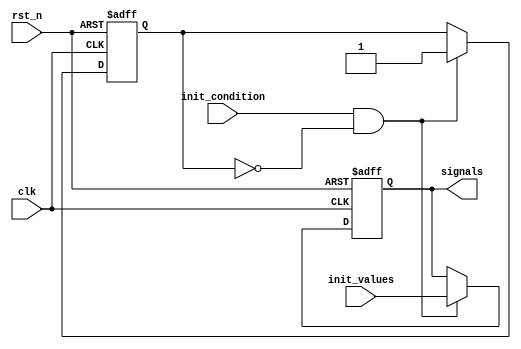
module conditional_initialization #(
    parameter NUM_SIGNALS = 4  // Number of signals to initialize
)(
    input wire clk,              // Clock signal
    input wire rst_n,            // Active low reset
    input wire init_condition,    // Condition to trigger initialization
    input wire [NUM_SIGNALS-1:0] init_values, // Values to initialize signals
    output reg [NUM_SIGNALS-1:0] signals // Signals to be initialized
);

    // State variable to track if initialization has occurred
    reg initialized;

    // Always block for conditional initialization
    always @(posedge clk or negedge rst_n) begin
        if (!rst_n) begin
            // On reset, clear the signals and initialization state
            signals <= {NUM_SIGNALS{1'b0}}; // Clear all signals
            initialized <= 1'b0;            // Reset initialization flag
        end else if (init_condition && !initialized) begin
            // Initialize signals only if the condition is met and not already initialized
            signals <= init_values;        // Assign initialization values
            initialized <= 1'b1;           // Set initialization flag
        end
    end

    // Optional: Logic to reset initialization state based on some condition
    // Uncomment and modify if needed
    /*
    always @(posedge some_other_signal) begin
        initialized <= 1'b0; // Reset initialization flag if some condition occurs
    end
    */

endmodule